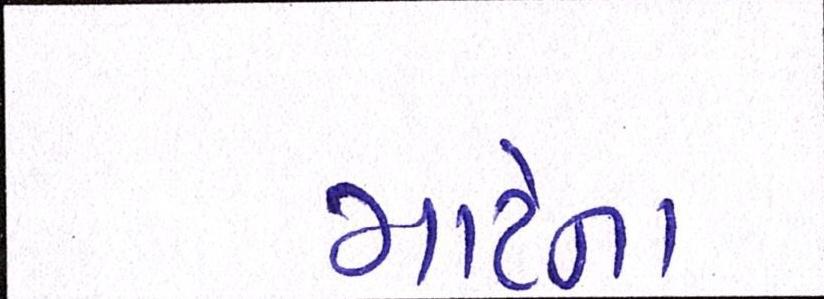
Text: માટેના